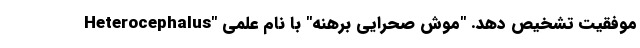
موفقیت تشخیص دهد. "موش صحرایی برهنه" با نام علمی "Heterocephalus